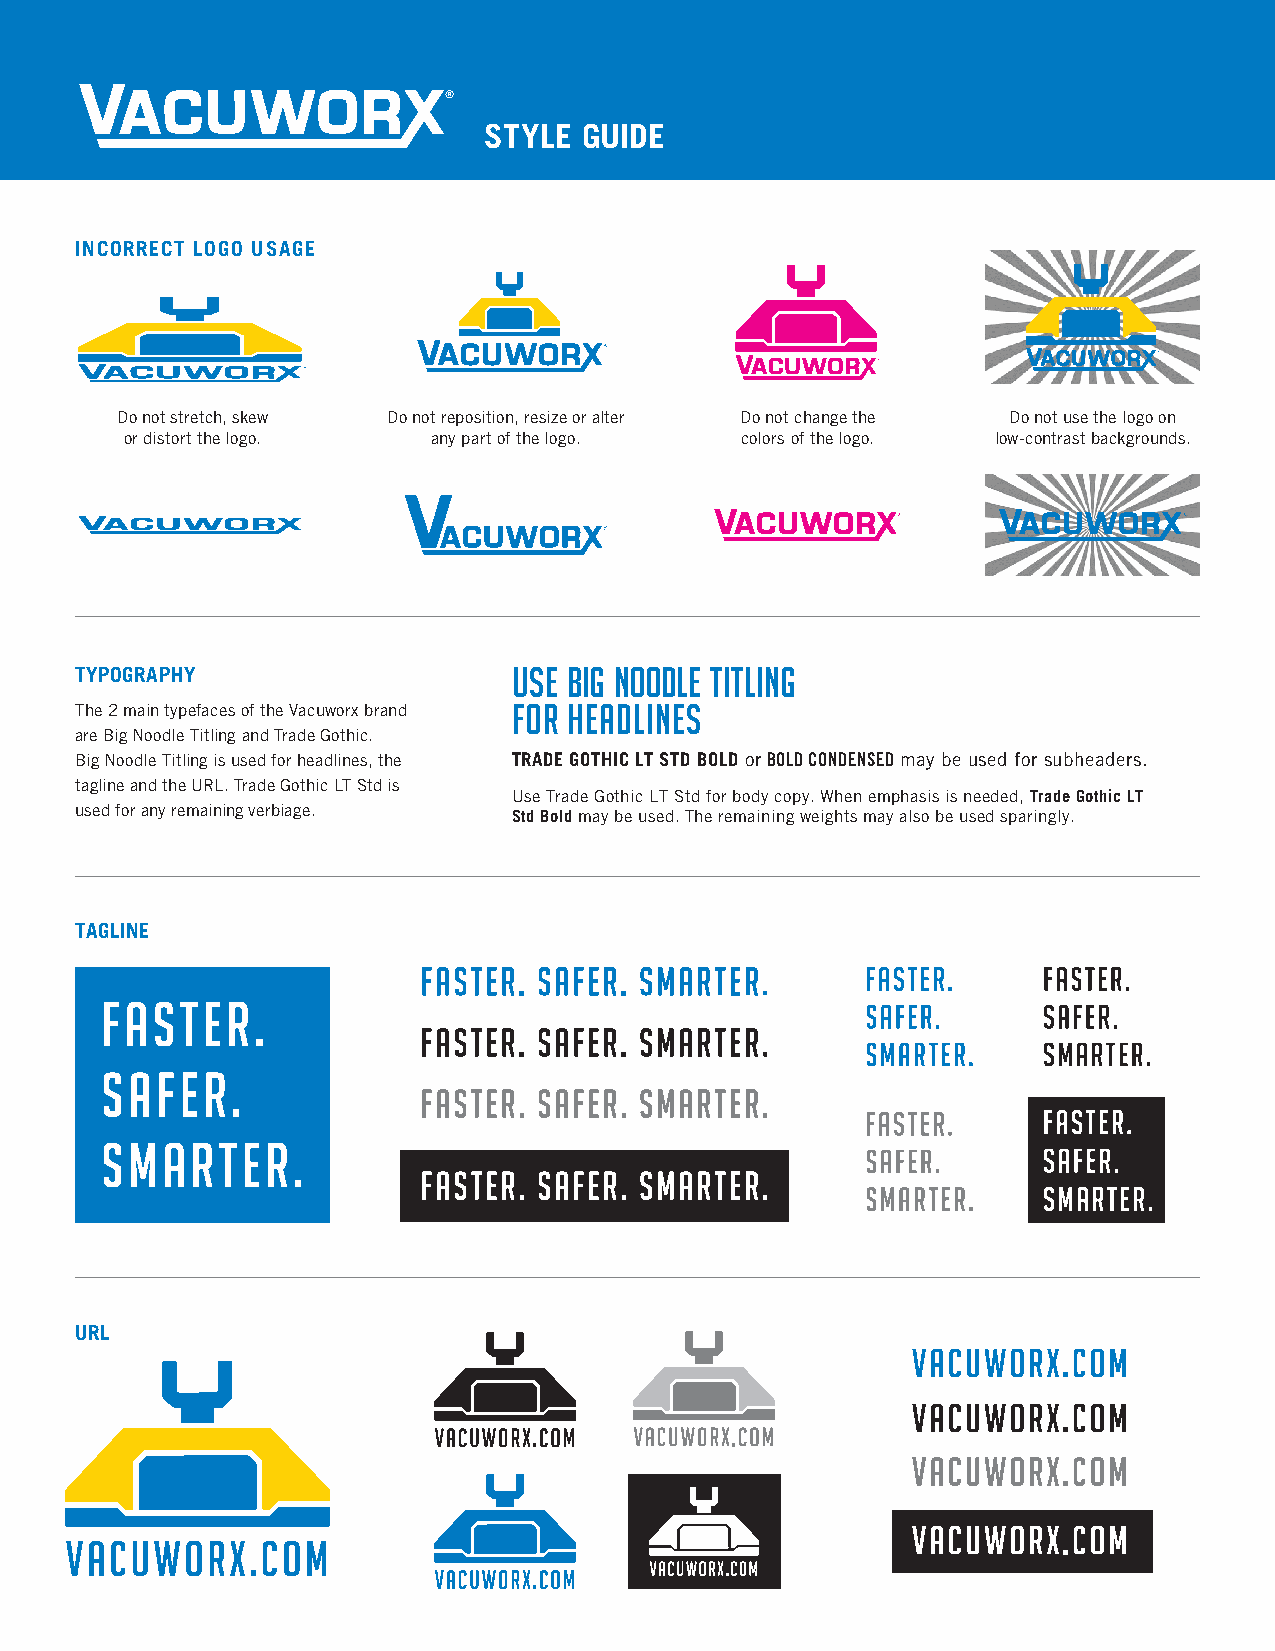
STYLE  GUIDE
 INCORRECT LOGO USAGE
 Do not stretch, skew Do not reposition, resize or alter Do not change the Do not use the logo on
 or distort the logo. any part of the logo. colors of the logo. low-contrast backgrounds.
 TYPOGRAPHY                   USE BIG NOODLE TITLING
 The 2 main typefaces of the Vacuworx brand FOR HEADLINES
 are Big Noodle Titling and Trade Gothic.
 Big Noodle Titling is used for headlines, the TRADE GOTHIC LT STD BOLD or BOLD CONDENSED may be used for subheaders.
 tagline and the URL. Trade Gothic LT Std is
 Use Trade Gothic LT Std for body copy. When emphasis is needed, Trade Gothic LT
 used for any remaining verbiage. Std Bold may be used. The remaining weights may also be used sparingly.
 TAGLINE
 URL